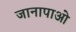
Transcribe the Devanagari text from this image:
जानापाओ